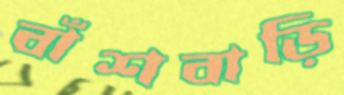
বাঁশবাড়ি